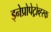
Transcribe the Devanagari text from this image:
ड्नेप्रोपेट्रोव्ह्स्क